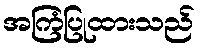
အကြံပြုထားသည်